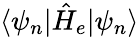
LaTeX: \langle\psi_{n}|\hat{H}_{e}|\psi_{n}\rangle